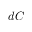
d C